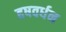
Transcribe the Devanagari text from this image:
हषवर्धन